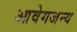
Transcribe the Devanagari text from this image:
आवेगजन्य